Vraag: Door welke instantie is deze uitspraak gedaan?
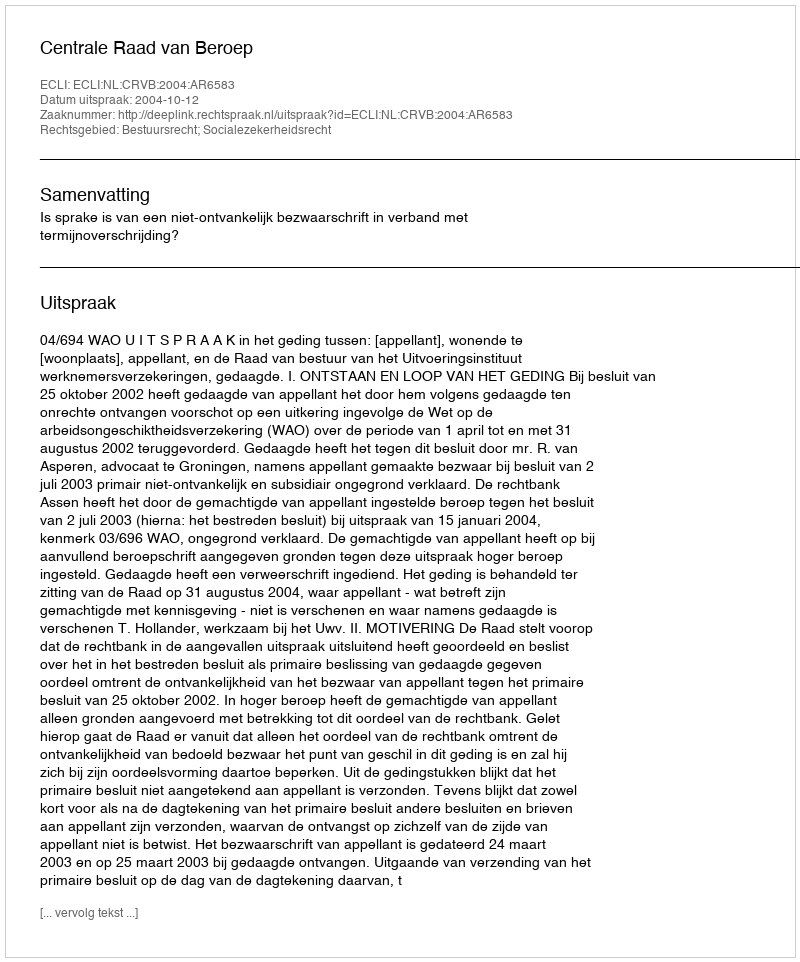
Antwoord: Centrale Raad van Beroep